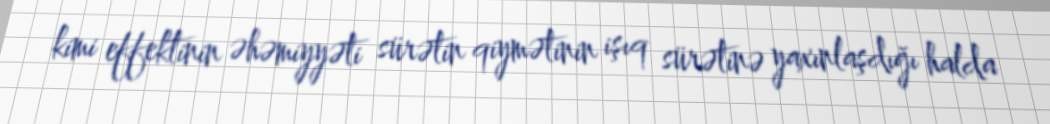
kimi effektinin əhəmiyyəti sürətin qiymətinin işıq sürətinə yaxınlaşdığı halda